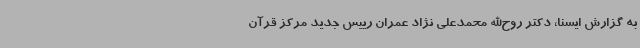
به گزارش ایسنا، دکتر روح‌الله محمدعلی نژاد عمران رییس جدید مرکز قرآن